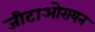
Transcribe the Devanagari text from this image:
जीटाओरायन